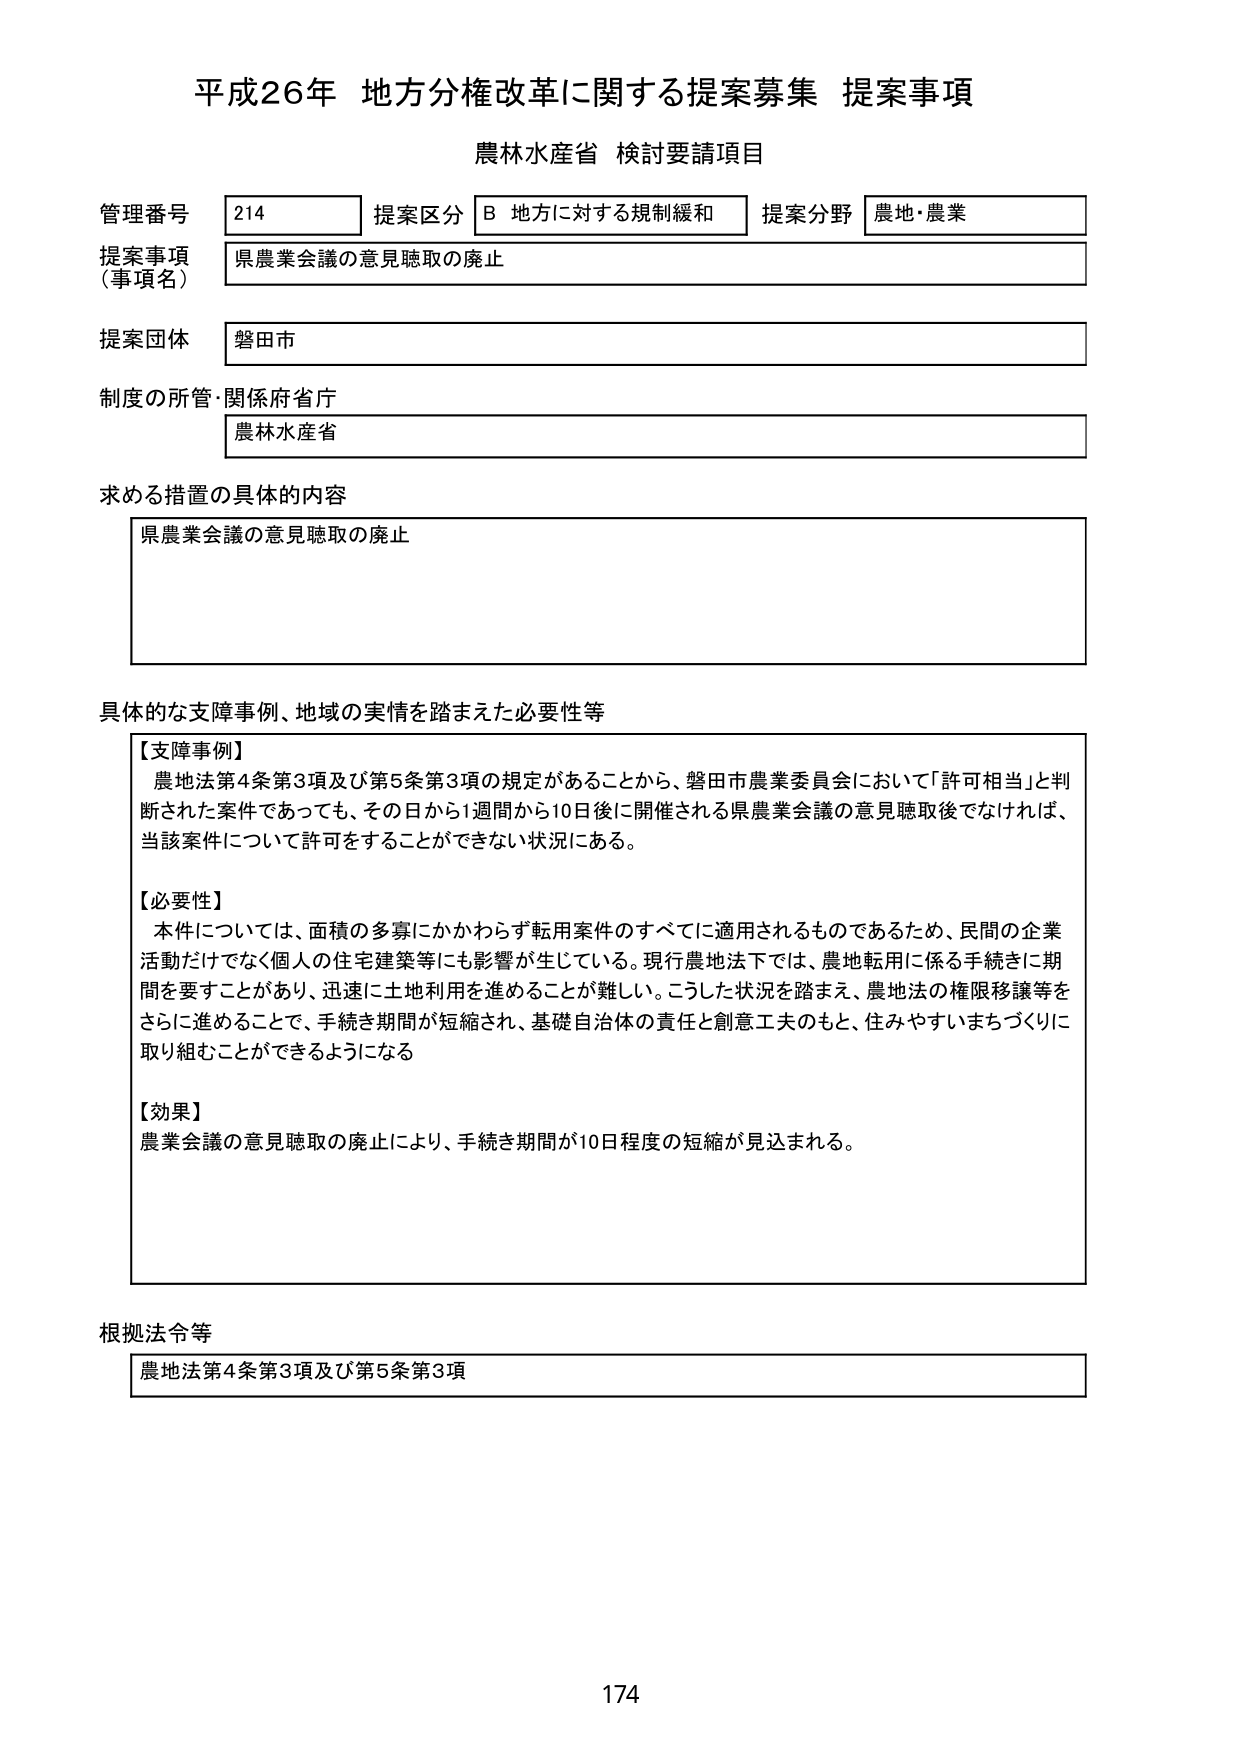
平成26年 地方分権改革に関する提案募集 提案事項
農林水産省 検討要請項目

管理番号 214 提案区分 B 地方に対する規制緩和 提案分野 農地・農業
提案事項（事項名） 県農業会議の意見聴取の廃止
提案団体 磐田市
制度の所管・関係府省庁 農林水産省

求める措置の具体的内容
県農業会議の意見聴取の廃止

具体的な支障事例、地域の実情を踏まえた必要性等
【支障事例】
農地法第4条第3項及び第5条第3項の規定があることから、磐田市農業委員会において「許可相当」と判断された案件であっても、その日から1週間から10日後に開催される県農業会議の意見聴取後でなければ、当該案件について許可をすることができない状況にある。

【必要性】
本件については、面積の多寡にかかわらず転用案件のすべてに適用されるものであるため、民間の企業活動だけでなく個人の住宅建築等にも影響が生じている。現行農地法下では、農地転用に係る手続きに期間を要することがあり、迅速に土地利用を進めることが難しい。こうした状況を踏まえ、農地法の権限移譲等をさらに進めることで、手続き期間が短縮され、基礎自治体の責任と創意工夫のもと、住みやすいまちづくりに取り組むことができるようになる

【効果】
農業会議の意見聴取の廃止により、手続き期間が10日程度の短縮が見込まれる。

根拠法令等
農地法第4条第3項及び第5条第3項

174